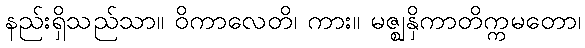
နည်းရှိသည်သာ။ ဝိကာလေတိ၊ ကား။ မဇ္ဈနှိကာတိက္ကမတော၊